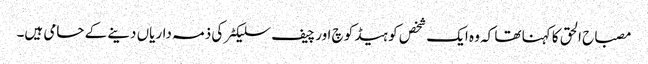
مصباح الحق کا کہنا تھا کہ وہ ایک شخص کو ہیڈ کوچ اور چیف سلیکٹر کی ذمہ داریاں دینے کے حامی ہیں۔